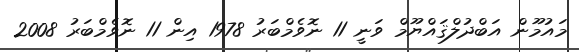
މައުމޫން އަބްދުލްޤައްޔޫމް ވަނީ 11 ނޮވެމްބަރު 1978 އިން 11 ނޮވެމްބަރު 2008